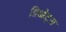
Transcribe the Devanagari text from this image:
ग्रिओट्स